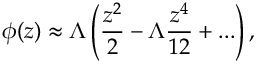
\phi ( z ) \approx \Lambda \left( \frac { z ^ { 2 } } { 2 } - \Lambda \frac { z ^ { 4 } } { 1 2 } + . . . \right) ,